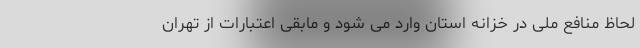
لحاظ منافع ملی در خزانه استان وارد می شود و مابقی اعتبارات از تهران